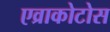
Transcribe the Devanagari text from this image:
एव्राकोटोस